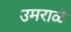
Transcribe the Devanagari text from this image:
उमराळे